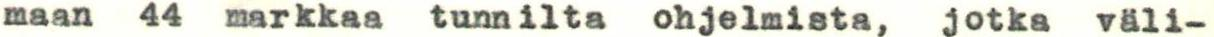
maan 44 markkaa tunnilta ohjelmista, jotka väli-